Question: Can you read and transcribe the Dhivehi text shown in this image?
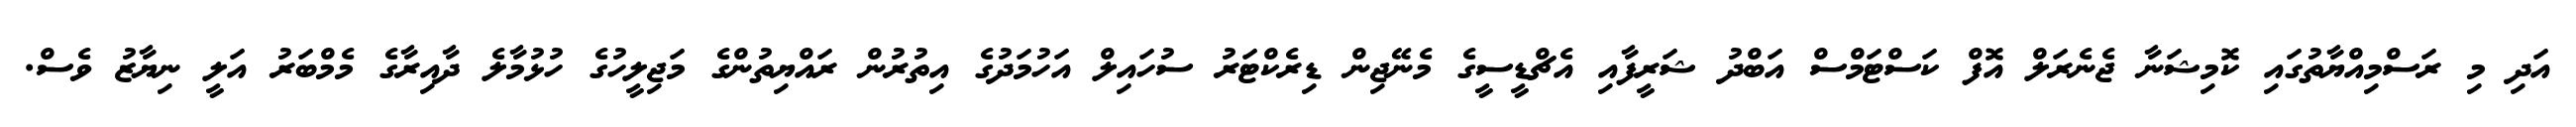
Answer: އަދި މި ރަސްމިއްޔާތުގައި ކޮމިޝަނާ ޖެނެރަލް އޮފް ކަސްޓަމްސް އަބްދު ޝަރީފާއި އެޗްޑީސީގެ މެނޭޖިން ޑިރެކްޓަރު ސުހައިލް އަހުމަދުގެ އިތުރުން ރައްޔިތުންގެ މަޖިލީހުގެ ހުޅުމާލެ ދާއިރާގެ މެމްބަރު އަލީ ނިޔާޒު ވެސް.